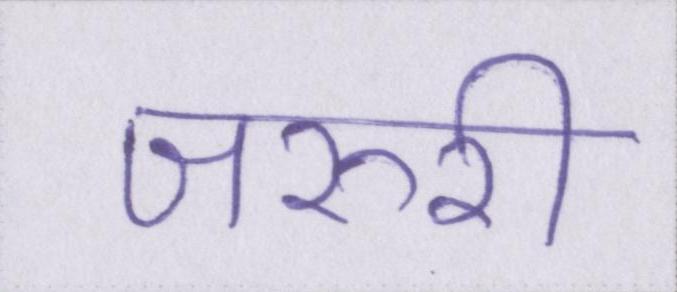
जरुरी